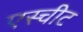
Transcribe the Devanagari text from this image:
एस्चीट